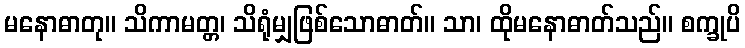
မနောဓာတု။ သိကာမတ္တ၊ သိရုံမျှဖြစ်သောဓာတ်။ သာ၊ ထိုမနောဓာတ်သည်။ စက္ခုပိ